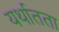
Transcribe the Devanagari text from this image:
यर्थातता